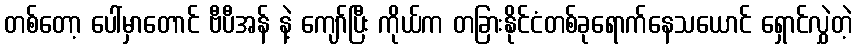
တစ်တော့ ပေါ်မှာတောင် ဗီပီအန် နဲ့ ကျော်ပြီး ကိုယ်က တခြားနိုင်ငံတစ်ခုရောက်နေသယောင် ရှောင်လွှဲတဲ့